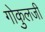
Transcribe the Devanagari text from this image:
गोकुलजी